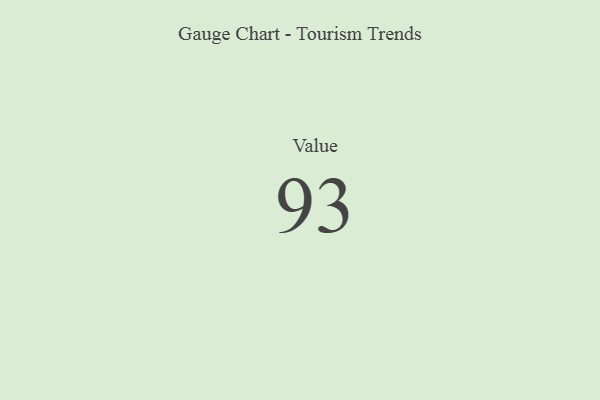
{"axis": {"x": "Metric", "y": "Value"}, "legend": [""], "data": [{"x": "Value", "y": 93, "type": ""}]}